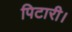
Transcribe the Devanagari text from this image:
पिटारी।